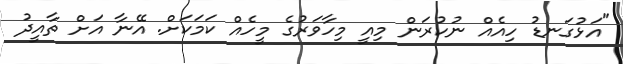
"އަޅުގަނޑު ހިއެއް ނުކުރަން މިއީ މިހާވަރުގެ މީހެއް ކަމަކަށް. އޭނާ އަށް ތާއީދު